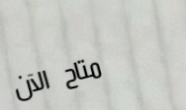
متاح الآن